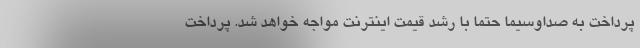
پرداخت به صداوسیما حتما با رشد قیمت اینترنت مواجه خواهد شد. پرداخت